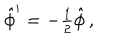
\hat { \phi } ^ { \prime } = - { \textstyle \frac { 1 } { 2 } } \hat { \phi } \, ,